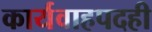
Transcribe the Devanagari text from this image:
कार्यवाहपदही